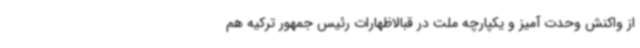
از واکنش وحدت آمیز و یکپارچه ملت در قبالاظهارات رئیس جمهور ترکیه هم